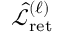
\hat { \mathcal { L } } _ { \mathrm { r e t } } ^ { ( \ell ) }